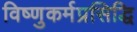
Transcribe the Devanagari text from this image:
विष्णुकर्मप्रसिद्धि